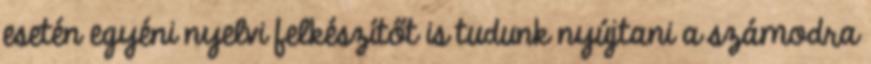
esetén egyéni nyelvi felkészítőt is tudunk nyújtani a számodra